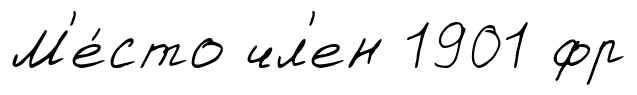
М'е́сто чл'ен 1901 фр